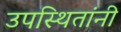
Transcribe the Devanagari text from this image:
उपस्थितांनी